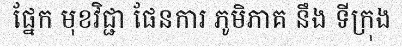
ផ្នែក មុខវិជ្ជា ផែនការ ភូមិភាគ នឹង ទីក្រុង